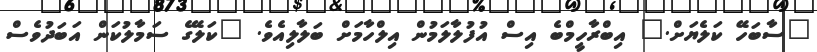
"ސާބަހޭ ކަލެޔަށް." އިބްރާހީމްބެ އިސް އުފުލާލަމުން އިލްހާމަށް ބަލާލިއެވެ. "ކަލޭގެ ސަމާލުކަން އަބަދުވެސް